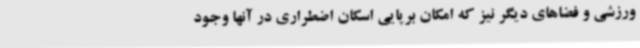
ورزشی و فضاهای دیگر نیز که امکان برپایی اسکان اضطراری در آنها وجود